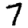
Digit: 7